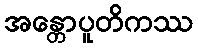
အန္တောပူတိကဿ